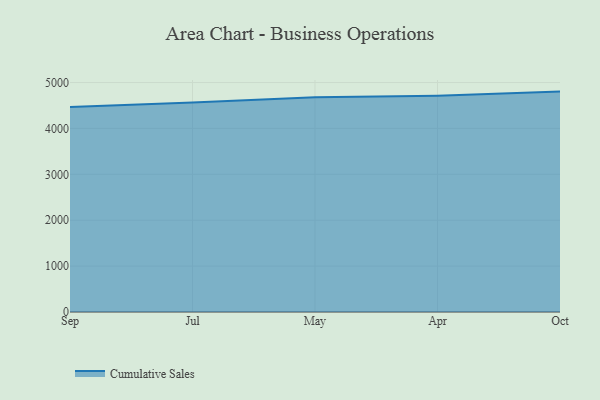
{"axis": {"x": "Month", "y": "Temperature (°C)"}, "legend": ["Cumulative Sales"], "data": [{"x": "Sep", "y": 4468.7, "type": "Cumulative Sales"}, {"x": "Jul", "y": 4563.6, "type": "Cumulative Sales"}, {"x": "May", "y": 4681.1, "type": "Cumulative Sales"}, {"x": "Apr", "y": 4714.7, "type": "Cumulative Sales"}, {"x": "Oct", "y": 4802.9, "type": "Cumulative Sales"}]}